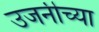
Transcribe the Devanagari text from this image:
उजनीच्या